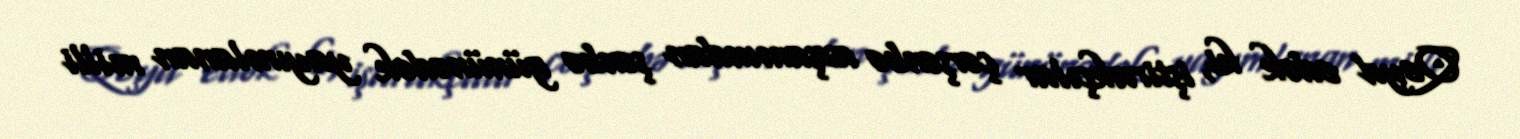
Qeyd edək ki, iştirakçılar çərşənbə axşamından şənbə gününədək yayımlanan milli